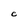
Character: C